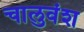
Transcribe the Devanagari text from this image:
चालुवंश